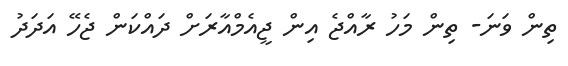
ތިން ވަނަ- ތިން މަހު ރާއްޖެ އިން ޖީއެމްއާރަށް ދައްކަން ޖެހޭ އަދަދު